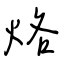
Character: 烙